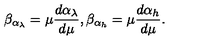
\beta _ { \alpha _ { \lambda } } = \mu \frac { d \alpha _ { \lambda } } { d \mu } , \beta _ { \alpha _ { h } } = \mu \frac { d \alpha _ { h } } { d \mu } .